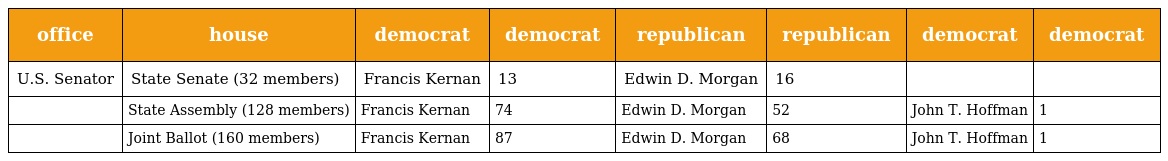
| office | house | democrat | democrat | republican | republican | democrat | democrat |
 | --- | --- | --- | --- | --- | --- | --- | --- |
 | U.S. Senator | State Senate (32 members) | Francis Kernan | 13 | Edwin D. Morgan | 16 |  |  |
 |  | State Assembly (128 members) | Francis Kernan | 74 | Edwin D. Morgan | 52 | John T. Hoffman | 1 |
 |  | Joint Ballot (160 members) | Francis Kernan | 87 | Edwin D. Morgan | 68 | John T. Hoffman | 1 |